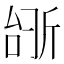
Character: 𫿺